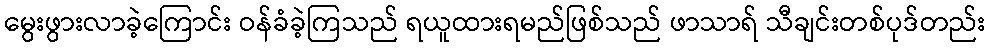
မွေးဖွားလာခဲ့ကြောင်း ဝန်ခံခဲ့ကြသည် ရယူထားရမည်ဖြစ်သည် ဖာသာရ် သီချင်းတစ်ပုဒ်တည်း